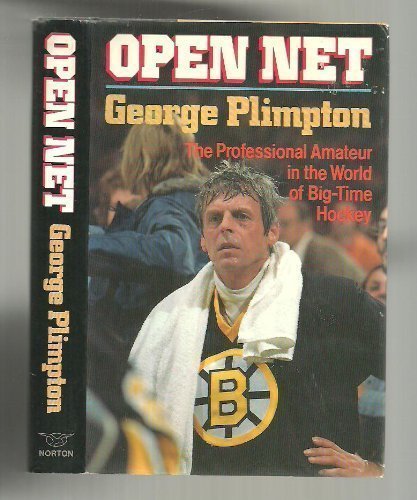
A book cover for Open Net; George Plimpton; Sports & Outdoors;